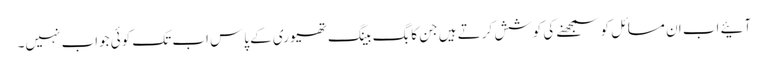
آئیے اب ان مسائل کو سمجھنے کی کوشش کرتے ہیں جن کا بگ بینگ تھیوری کے پاس اب تک کوئی جواب نہیں۔